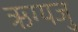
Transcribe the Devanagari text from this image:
ऋग्यजु